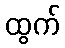
ထွက်